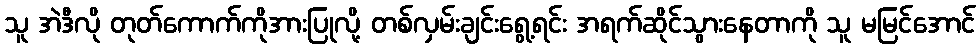
သူ အဲဒီလို တုတ်ကောက်ကိုအားပြုလို့ တစ်လှမ်းချင်းရွေ့ရင်း အရက်ဆိုင်သွားနေတာကို သူ မမြင်အောင်